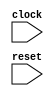
module SIntTester(
    input clock,
    input reset
);
    wire [4:0] xcopy;
    wire _T_3;
    EQ_SIGNED #(.width(5)) s_eq_1 (
        .y(_T_3),
        .a(5'shA),
        .b(xcopy)
    );
    wire _T_4;
    BITS #(.width(1), .high(0), .low(0)) bits_2 (
        .y(_T_4),
        .in(reset)
    );
    wire _T_5;
    BITWISEOR #(.width(1)) bitwiseor_3 (
        .y(_T_5),
        .a(_T_3),
        .b(_T_4)
    );
    wire _T_7;
    EQ_UNSIGNED #(.width(1)) u_eq_4 (
        .y(_T_7),
        .a(_T_5),
        .b(1'h0)
    );
    wire [2:0] y_real;
    wire y_imag;
    wire _T_18;
    EQ_SIGNED #(.width(3)) s_eq_5 (
        .y(_T_18),
        .a(y_real),
        .b(-3'sh4)
    );
    wire _T_19;
    BITS #(.width(1), .high(0), .low(0)) bits_6 (
        .y(_T_19),
        .in(reset)
    );
    wire _T_20;
    BITWISEOR #(.width(1)) bitwiseor_7 (
        .y(_T_20),
        .a(_T_18),
        .b(_T_19)
    );
    wire _T_22;
    EQ_UNSIGNED #(.width(1)) u_eq_8 (
        .y(_T_22),
        .a(_T_20),
        .b(1'h0)
    );
    wire _T_24;
    EQ_SIGNED #(.width(1)) s_eq_9 (
        .y(_T_24),
        .a(y_imag),
        .b(-1'sh1)
    );
    wire _T_25;
    BITS #(.width(1), .high(0), .low(0)) bits_10 (
        .y(_T_25),
        .in(reset)
    );
    wire _T_26;
    BITWISEOR #(.width(1)) bitwiseor_11 (
        .y(_T_26),
        .a(_T_24),
        .b(_T_25)
    );
    wire _T_28;
    EQ_UNSIGNED #(.width(1)) u_eq_12 (
        .y(_T_28),
        .a(_T_26),
        .b(1'h0)
    );
    wire _T_29;
    BITS #(.width(1), .high(0), .low(0)) bits_13 (
        .y(_T_29),
        .in(reset)
    );
    wire _T_31;
    EQ_UNSIGNED #(.width(1)) u_eq_14 (
        .y(_T_31),
        .a(_T_29),
        .b(1'h0)
    );
    assign xcopy = 5'shA;
    assign y_imag = -1'sh1;
    assign y_real = -3'sh4;
endmodule //SIntTester
module EQ_SIGNED(y, a, b);
    parameter width = 4;
    output y;
    input [width-1:0] a;
    input [width-1:0] b;
    assign y = $signed(a) == $signed(b);
endmodule // EQ_SIGNED
module BITS(y, in);
    parameter width = 4;
    parameter high = 2;
    parameter low = 0;
    output [high-low:0] y;
    input [width-1:0] in;
    assign y = in[high:low];
endmodule // BITS
module BITWISEOR(y, a, b);
    parameter width = 4;
    output [width-1:0] y;
    input [width-1:0] a;
    input [width-1:0] b;
    assign y = a | b;
endmodule // BITWISEOR
module EQ_UNSIGNED(y, a, b);
    parameter width = 4;
    output y;
    input [width-1:0] a;
    input [width-1:0] b;
    assign y = a == b;
endmodule // EQ_UNSIGNED